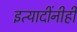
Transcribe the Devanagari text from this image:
इत्यादींनीही